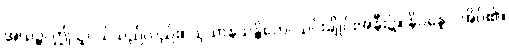
အယဉ္စ၊ ဤသူငယ်သည်လည်း။ သုသာနသန္တိကေ၊ သင်းချိုင်းအနီး၌။ နိပန္နော၊ အိပ်၏။